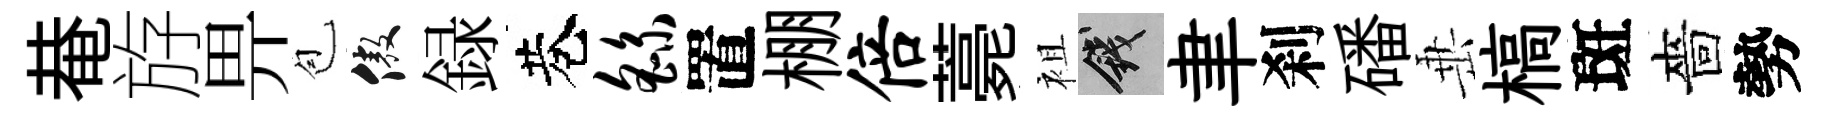
𤲅斿畀苞傲録巷繇置棚倍薧袓錢聿刹磻𡸁槁斑嗇勢